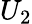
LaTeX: U_{2}